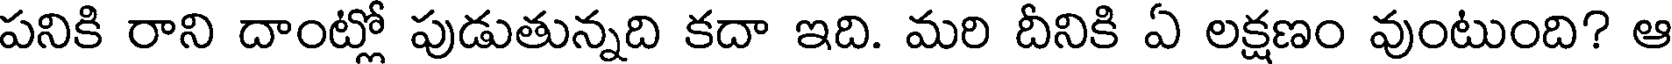
పనికి రాని దాంట్లో పుడుతున్నది కదా ఇది. మరి దీనికి ఏ లక్షణం వుంటుంది? ఆ